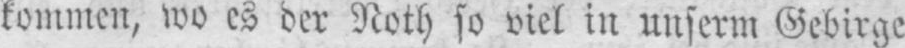
kommen, wo es der Noth so viel in unserm Gebirge